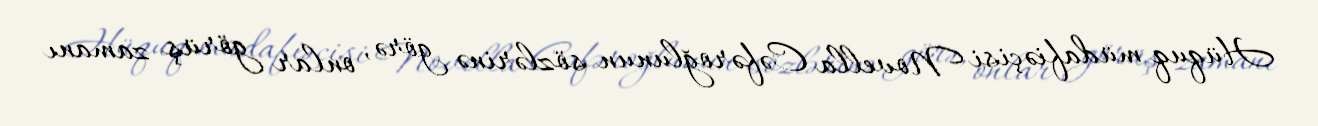
Hüquq müdafiəçisi Novella Cəfəroğlunun sözlərinə görə, onlar görüş zamanı